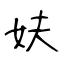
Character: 妋